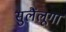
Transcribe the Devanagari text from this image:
सुलैंलूगा